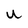
Character: U